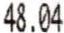
48.04